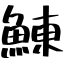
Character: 鯟